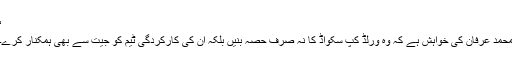
‘
محمد عرفان کی خواہش ہے کہ وہ ورلڈ کپ سکواڈ کا نہ صرف حصہ بنیں بلکہ ان کی کارکردگی ٹیم کو جیت سے بھی ہمکنار کرے۔